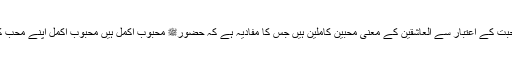
عشق کے معنی کمال محبت کے اعتبار سے اَلْعَاشِقِیْنَ کے معنی محبین کاملین ہیں جس کا مفادیہ ہے کہ حضورﷺ محبوب اکمل ہیں محبوب اکمل اپنے محب کامل کی راحت ہوتا ہے۔